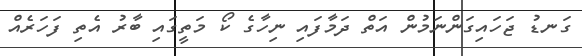
ގަނޑު ޖަހައިގަންނަމުން އަތް ދަމާފައި ނިހާގެ ކޯ މަތީގައި ބާރު އެތި ފަހަރެއް